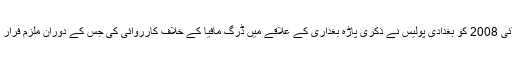
13 جولائی 2008 کو بغدادی پولیس نے ذکری پاڑہ بغداری کے علاقے میں ڈرگ مافیا کے خلاف کارروائی کی جس کے دوران ملزم فرار ہوگیا تھا۔